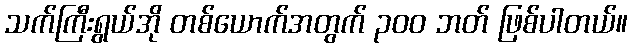
သက်ကြီးရွယ်အို တစ်ယောက်အတွက် ၃၀၀ ဘတ် ဖြစ်ပါတယ်။